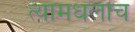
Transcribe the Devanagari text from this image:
त्यामधलाच